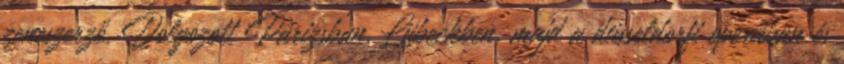
zeneszerző. Dolgozott Párizsban, Lübeckben, majd a düsseldorfi operában és